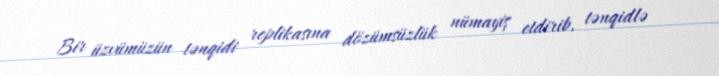
Bir üzvümüzün tənqidi replikasına dözümsüzlük nümayiş etdirib, tənqidlə